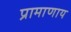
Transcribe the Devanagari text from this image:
प्रामाणाय